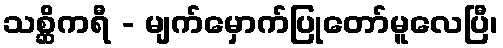
သစ္ဆိကရီ - မျက်မှောက်ပြုတော်မူလေပြီ၊